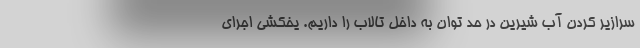
سرازیر کردن آب شیرین در حد توان به داخل تالاب را داریم. یخکشی اجرای